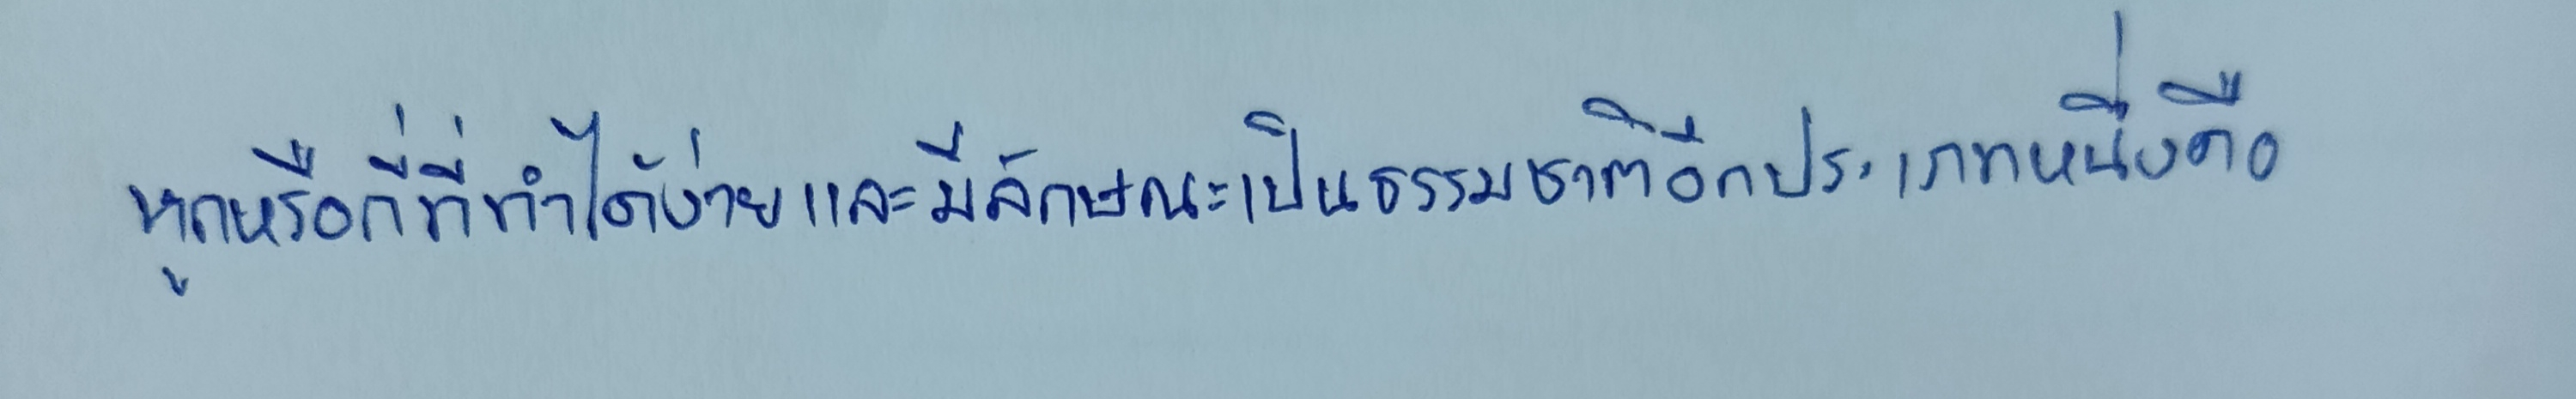
หูกหรือกี่ที่ทำได้ง่ายและมีลักษณะเป็นธรรมชาติอีกประเภทหนึ่งคือ